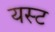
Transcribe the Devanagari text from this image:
यस्ट